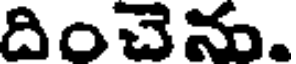
దించెను.